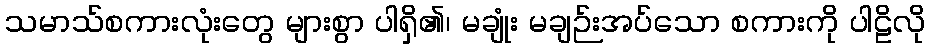
သမာသ်စကားလုံးတွေ များစွာ ပါရှိ၏၊ မချုံး မချဉ်းအပ်သော စကားကို ပါဠိလို